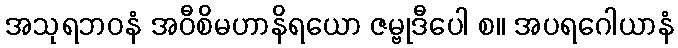
အသုရဘဝနံ အဝီစိမဟာနိရယော ဇမ္ဗုဒီပေါ စ။ အပရဂေါယာနံ